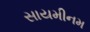
સાયમીનમ